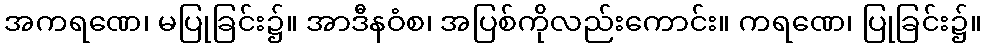
အကရဏေ၊ မပြုခြင်း၌။ အာဒီနဝံစ၊ အပြစ်ကိုလည်းကောင်း။ ကရဏေ၊ ပြုခြင်း၌။